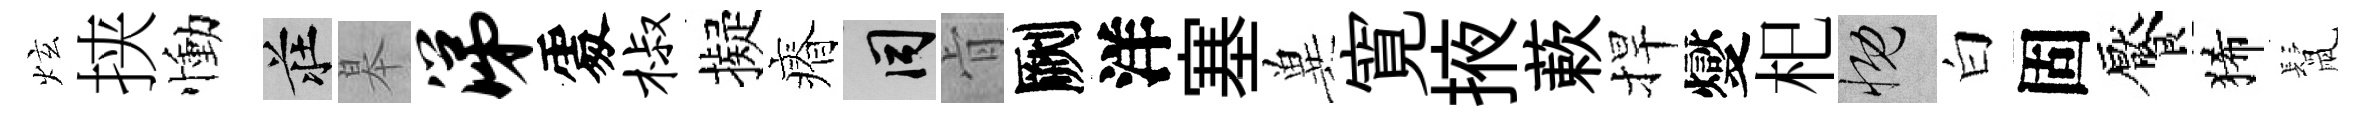
炫挟慟莊皋涕𠁅椒擬瘠间肻劂洋塞兾寛掖蔌捍燮𣏌慨白固饜狶鬛